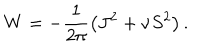
W = - \frac { 1 } { 2 \pi } \left( J ^ { 2 } + \nu S ^ { 2 } \right) .